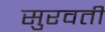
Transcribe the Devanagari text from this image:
सुरवती